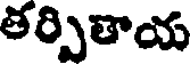
తర్పితాయ